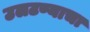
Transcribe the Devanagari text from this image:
उलटण्याचा